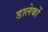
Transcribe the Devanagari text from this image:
डालेकों